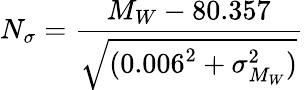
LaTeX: N_{\sigma}=\frac{M_{W}-80.357}{\sqrt{(0.006^{2}+\sigma_{M_{W}}^{2})}}